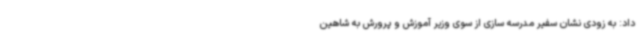
داد: به زودی نشان سفیر مدرسه سازی از سوی وزیر آموزش و پرورش به شاهین